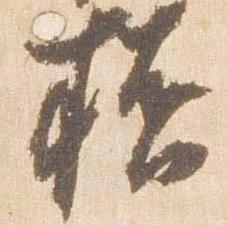
橋